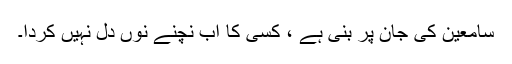
سامعین کی جان پر بنی ہے ، کسی کا اب نچنے نوں دل نہیں کردا۔